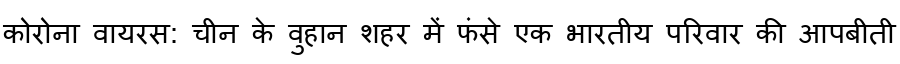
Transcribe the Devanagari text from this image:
कोरोना वायरस: चीन के वुहान शहर में फंसे एक भारतीय परिवार की आपबीती